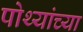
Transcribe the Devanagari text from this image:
पोथ्यांच्या